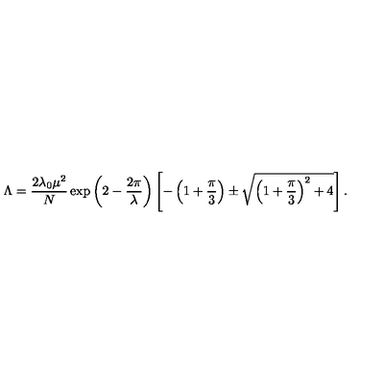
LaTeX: \Lambda = \frac { 2 \lambda _ { 0 } \mu ^ { 2 } } { N } \exp \left( 2 - \frac { 2 \pi } { \lambda } \right) \left[ - \left( 1 + \frac { \pi } { 3 } \right) \pm \sqrt { \left( 1 + \frac { \pi } { 3 } \right) ^ { 2 } + 4 } \right] .